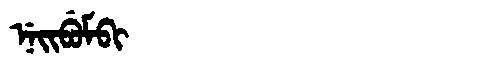
Manchu: ᠨᡝᡳᠪᡠᠮᠪᡳ
Romanization: NEIBUMBI